Newspaper: The Rock Island Argus.
Place of publication: Rock Island, Ill.
Publisher: [publisher not identified]
Date: 1880-12-24 00:00:00
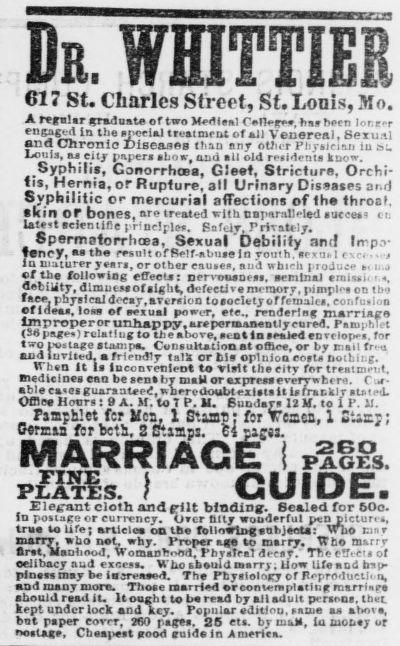
Advertisement text (OCR):
617 St. Charles Street, St. Louis, Mo. A retraUr graduate of two M11p1 flVff, hnw ren loner engaged in the ppeeiai treat meut of ail Venereal , Sexu.tl and Chronic IHseasfts than any oUu r Plirairiau m &u ixtuts, a city iperi itov, and U old rsi dents kuow. Syphilis, GonorrhoBa, GJevt, Stricture, Orchi tis, Hernia, or Rupture, all Urinary Dis9ases and Syphilitic or mercurial affections of the throat, Kin Of bones, ore treated with separatl ltd sucee tn latest efeniifie principle, gafelr, Pr,Tat?j. Spermatorrhoea, Sexual Debility and Irr po tency.. th ffioltof Pelf-Rbuaein routh, gexucl cr. ia nmturer ysri, or other cnuten, aud whirli roJucp h. u.j f th following effeota: nervmuoeat, aemtzial emiui 11, aebiiity, dimutuodibt, defective rneraorr, piBijil(l on ttto fftw physical doear,arr.oQ tosoclttyoffemalti, confoaion ef ideas. Iom of oexual power, f rendering marriApe lmproperor unlmppy, arepenmaiMDtljettred. Pami.hl. t CS pafen) relat Jug to tlie above, st at In sealed envelope. frr tiro iviiae ataoipa. Cvnsuhation at oOioa, or by mail fnn and turitftl. afripodly talk or bis opinion oopu notbit:g. When it is ioeonvenleDS to visit tho eity for treatmpist, Biedicioes ean be sens by msW or axpresaeverrwberQ. C '.ar able eaes gujuatet;, wheredoulHxUts U iffracslr sUt pd. Vffiflt Hacrs : tr A. H. to T P. M. Buodsrs 13 M. to 1 P. U. Pamphlet fcr Hca. 1 Stamp r for tcaca, 1 Stixj; eormaa for bcti, S Stamps. 64 yaa. CARRIAGE I p11g&. riwr: ) GUIDE. PLATES. levant cloth and flit binding-. Sealed for 60o. io pokiufre or currency. Over nlty wonderful pnjtcturt'4, try. l lire; article on the following .nhjeota: who r.n. r Baarrr, wbo n.t. why. proper . to marry. tTbo marrr Srrt. Manliood, womioltoml, Fbyalral decay. Trie eSrci ol eelibacy aud excem. V. ho tb.uid Barry; Uow Ufa and lrsu. plD.m may be iasreaaed. Tha Pby.ieloay of PoprO'lucti n, mod niaoy mora. Tboae married areonimplatiiifr niarrttipa aooald raad ic It ought to b read by ail adult pcnooi. thei kept under lock and key. Popular aditlou, raoia a. ahova, bat paper eorrr, 360 pairea. SB cts. brnik, la uoti.j ur o.tas, Chaapeat aood culda Id America.
Label: text-only